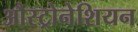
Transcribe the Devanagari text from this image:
औस्ट्रोनेशियन